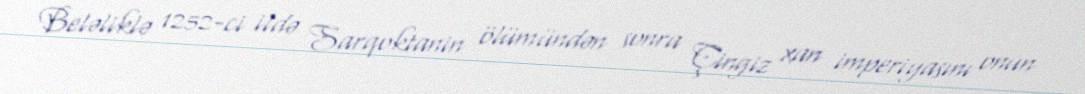
Beləliklə 1252-ci ildə Sarqoktanin ölümündən sonra Çingiz xan imperiyasını onun